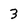
Character: 3